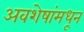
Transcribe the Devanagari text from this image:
अवशेषांमधून